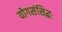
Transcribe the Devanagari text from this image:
योगसंसिद्धः